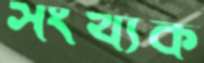
সংখ্যক